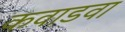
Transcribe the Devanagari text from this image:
कवाडवा